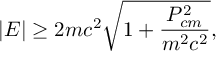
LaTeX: | E | \ge 2 m c ^ { 2 } \sqrt { 1 + \frac { P _ { c m } ^ { 2 } } { m ^ { 2 } c ^ { 2 } } } ,